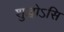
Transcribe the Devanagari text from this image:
शुद्धोऽसि